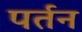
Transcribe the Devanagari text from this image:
पर्तन